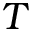
T